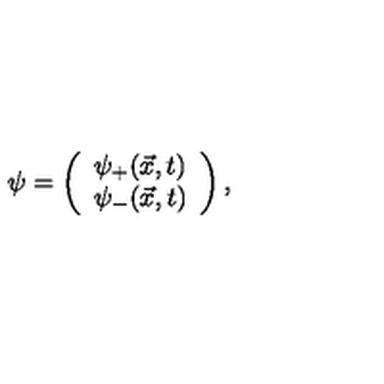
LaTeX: \psi = \left( \begin{array} { c } { { { \psi } _ { + } ( \vec { x } , t ) } } \\ { { { \psi } _ { - } ( \vec { x } , t ) } } \\ \end{array} \right) ,